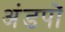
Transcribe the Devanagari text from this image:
अंडपों